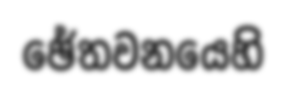
ඡේතවනයෙහි